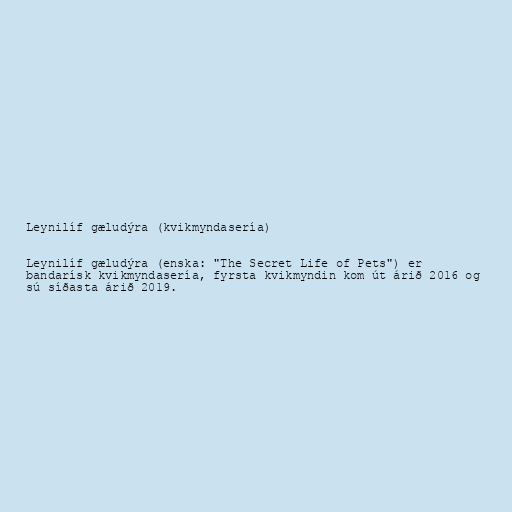
Leynilíf gæludýra (kvikmyndasería)

Leynilíf gæludýra (enska: "The Secret Life of Pets") er
bandarísk kvikmyndasería, fyrsta kvikmyndin kom út árið 2016 og
sú síðasta árið 2019.